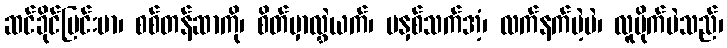
ဆင်ခိုင်မြင်းမာ၊ စစ်တန်ဆာကို၊ စိတ်မှာလွှဲယက်၊ မနှစ်သက်အံ့၊ လက်နက်မဲ့ပဲ၊ လူမိုက်မဲသည်၊